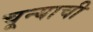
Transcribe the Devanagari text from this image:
चून्याची